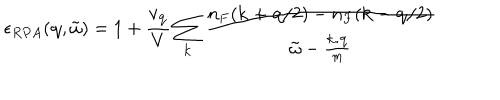
LaTeX: \epsilon _ { R P A } ( { \bf { q } } , { \tilde { \omega } } ) = 1 + \frac { v _ { { \bf { q } } } } { V } \sum _ { { \bf { k } } } \frac { n _ { F } ( { \bf { k } } + { \bf { q } } / 2 ) - n _ { F } ( { \bf { k } } - { \bf { q } } / 2 ) } { { \tilde { \omega } } - \frac { { \bf { k . q } } } { m } }